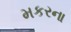
મકરના